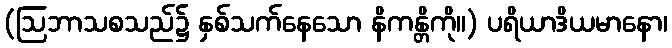
(ဩဘာသစသည်၌ နှစ်သက်နေသော နိကန္တိကို။) ပရိယာဒိယမာနော၊